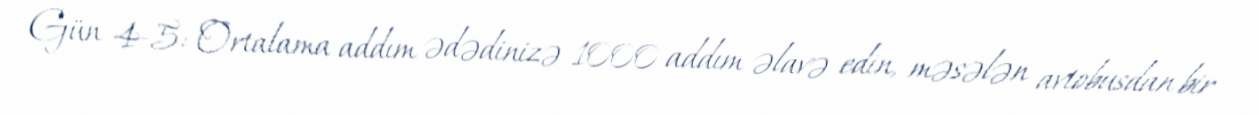
Gün 4-5: Ortalama addım ədədinizə 1000 addım əlavə edin, məsələn avtobusdan bir